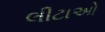
લીટાઓ